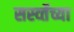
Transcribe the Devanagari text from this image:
सर्स्व्तेच्या